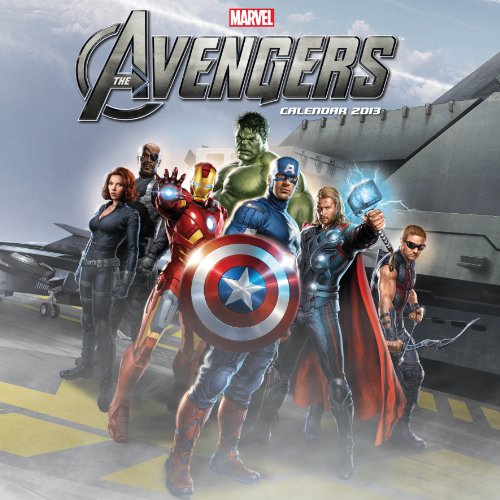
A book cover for Official Avengers Assemble 2013 Calendar; Calendars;